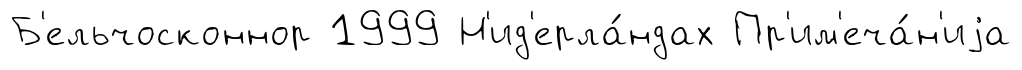
Б'ельчосконнор 1999 Н'ид'ерла́ндах Пр'им'еча́н'иjа